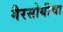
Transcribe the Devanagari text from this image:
गैरसोयीचा